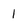
Character: 1